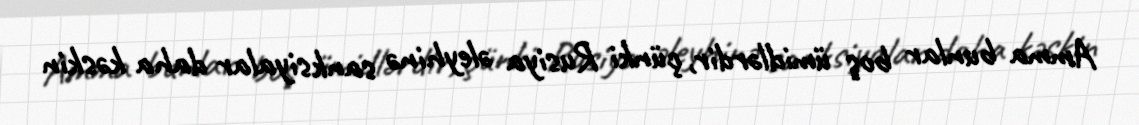
Amma bunlar boş ümidlərdir, çünki Rusiya əleyhinə sanksiyalar daha kəskin